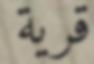
قرية